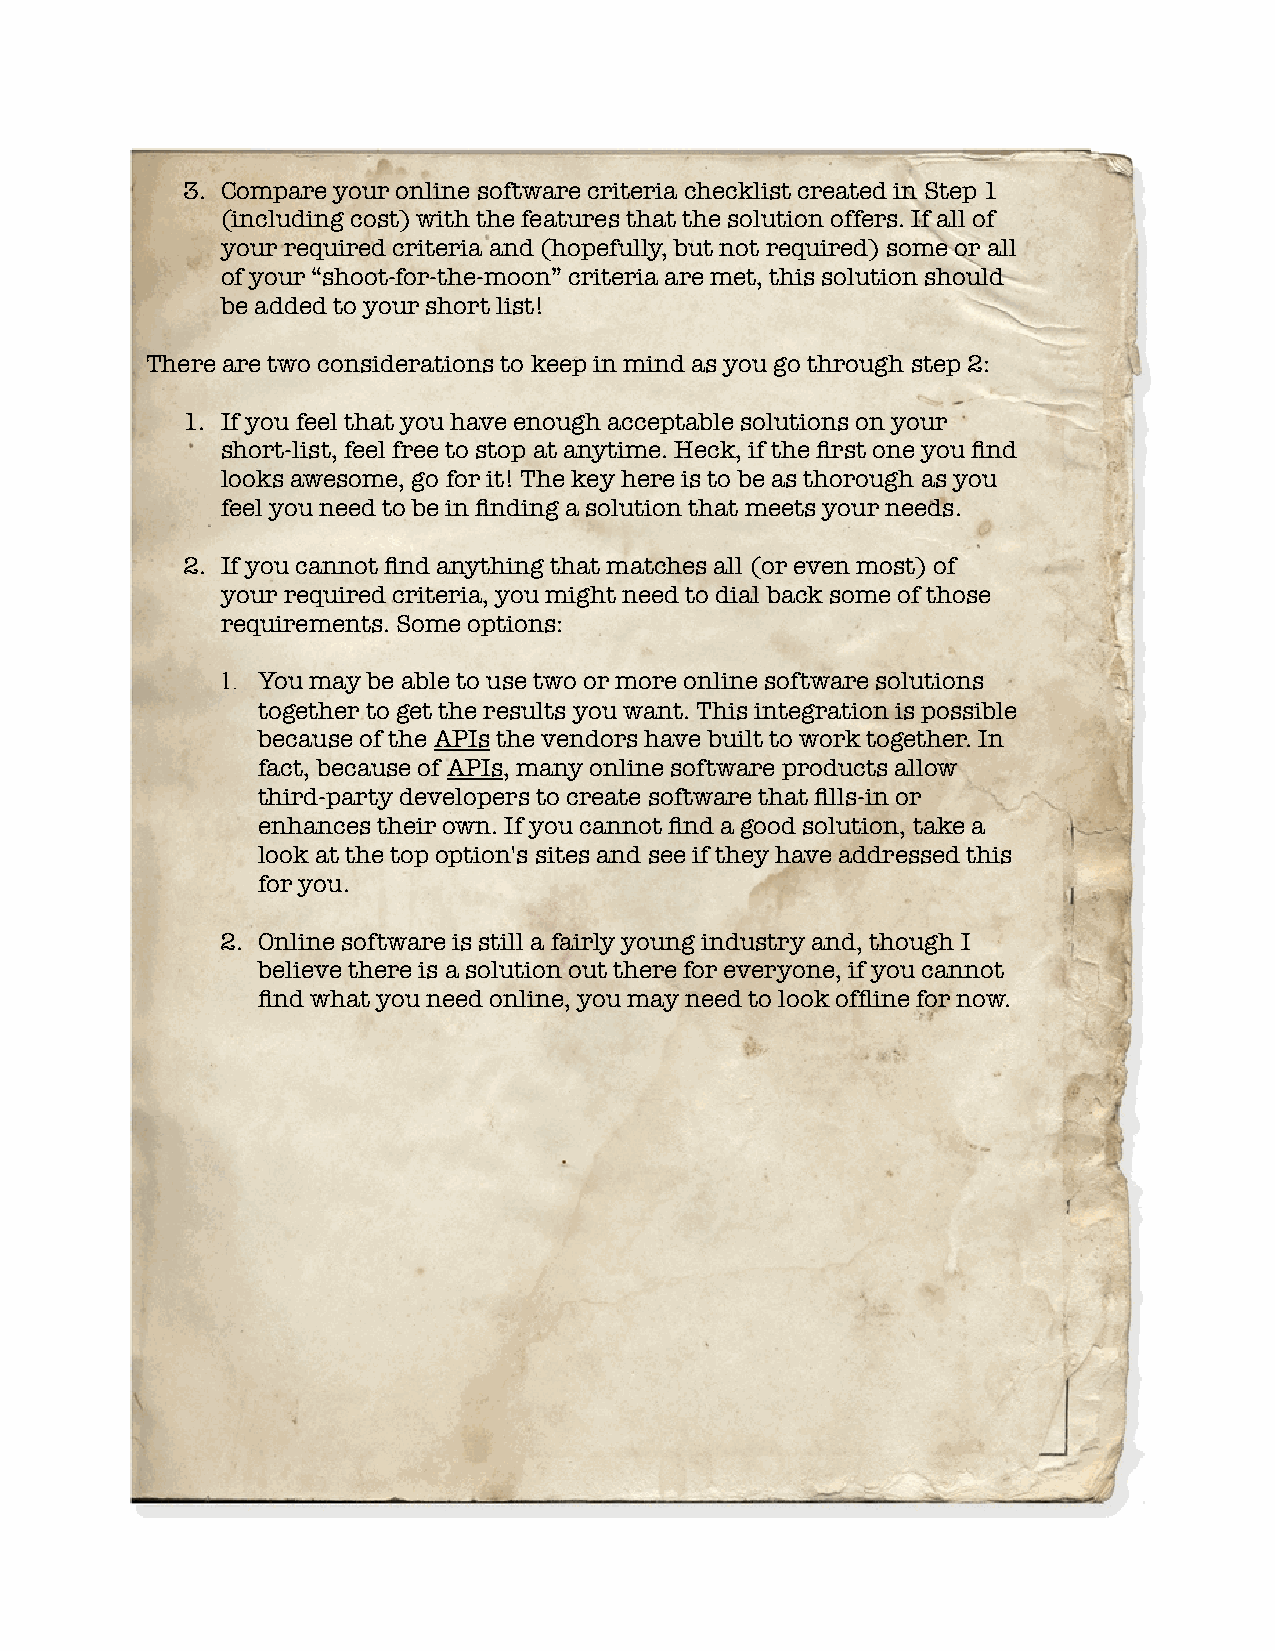
3. Compare your online software criteria checklist created in Step 1
 (including cost) with the features that the solution offers. If all of
 your required criteria and (hopefully, but not required) some or all
 of your “shoot-for-the-moon” criteria are met, this solution should
 be added to your short list!
 There are two considerations to keep in mind as you go through step 2:
 1. If you feel that you have enough acceptable solutions on your
 short-list, feel free to stop at anytime. Heck, if the frst one you fnd
 looks awesome, go for it! The key here is to be as thorough as you
 feel you need to be in fnding a solution that meets your needs.
 2. If you cannot fnd anything that matches all (or even most) of
 your required criteria, you might need to dial back some of those
 requirements. Some options:
 1. You may be able to use two or more online software solutions
 together to get the results you want. This integration is possible
 because of the APIs the vendors have built to work together. In
 fact, because of APIs, many online software products allow
 third-party developers to create software that flls-in or
 enhances their own. If you cannot fnd a good solution, take a
 look at the top option's sites and see if they have addressed this
 for you.
 2. Online software is still a fairly young industry and, though I
 believe there is a solution out there for everyone, if you cannot
 fnd what you need online, you may need to look offine for now.